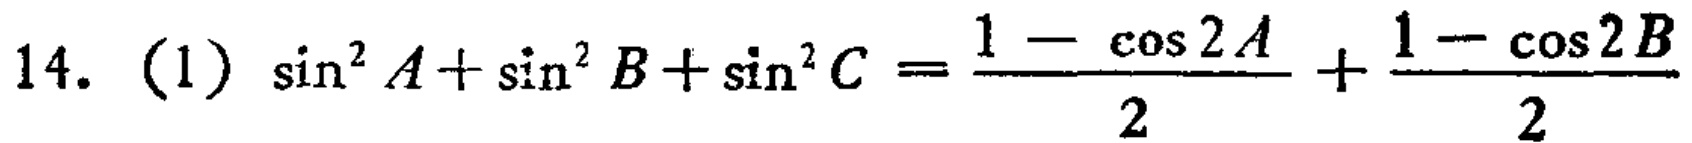
14. (1) \(\sin^{2}A+\sin^{2}B+\sin^{2}C=\frac{1 - \cos2A}{2}+\frac{1 - \cos2B}{2}\)